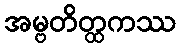
အမ္ဗတိတ္ထကဿ